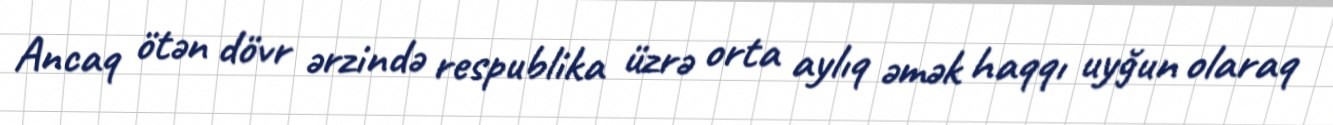
Ancaq ötən dövr ərzində respublika üzrə orta aylıq əmək haqqı uyğun olaraq